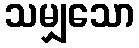
သမျှသော